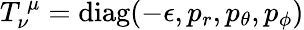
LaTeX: T_{\nu}^{\, \mu}=\mathrm{diag}(-\epsilon,p_{r},p_{\theta},p_{\phi})